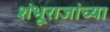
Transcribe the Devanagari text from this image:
शंभूराजांच्या